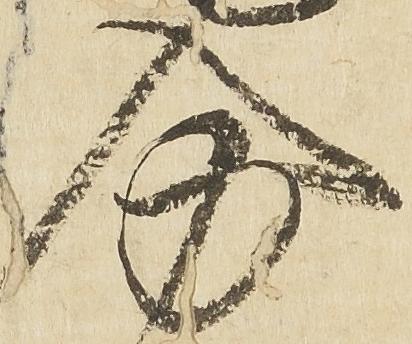
分